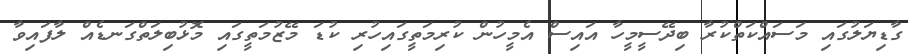
ގާޑިޔަލުގައި މަސައްކަތްކުރާ ބިދޭސީމީހާ އައިސް އެމީހުން ކުރިމަތީގައިހުރި ކުޑަ މޭޒުމަތީގައި މޮޅުބިލަތްގަނޑެއް ލާފައިވާ